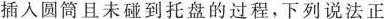
插入圆筒且未碰到托盘的过程，下列说法正